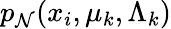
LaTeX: p_{\mathcal N}(x_{i},\mu_{k},\Lambda_{k})